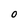
Character: O